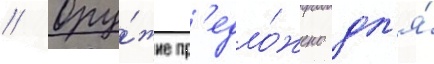
// Ору́жие пр'едло́жено дл'я́